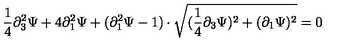
\frac { 1 } { 4 } \partial _ { 3 } ^ { 2 } \Psi + 4 \partial _ { 1 } ^ { 2 } \Psi + ( \partial _ { 1 } ^ { 2 } \Psi - 1 ) \cdot \sqrt { ( \frac { 1 } { 4 } \partial _ { 3 } \Psi ) ^ { 2 } + ( \partial _ { 1 } \Psi ) ^ { 2 } } = 0